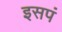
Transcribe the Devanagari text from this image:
इसपं